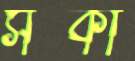
সট্‌কা